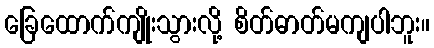
ခြေထောက်ကျိုးသွားလို့ စိတ်ဓာတ်မကျပါဘူး။